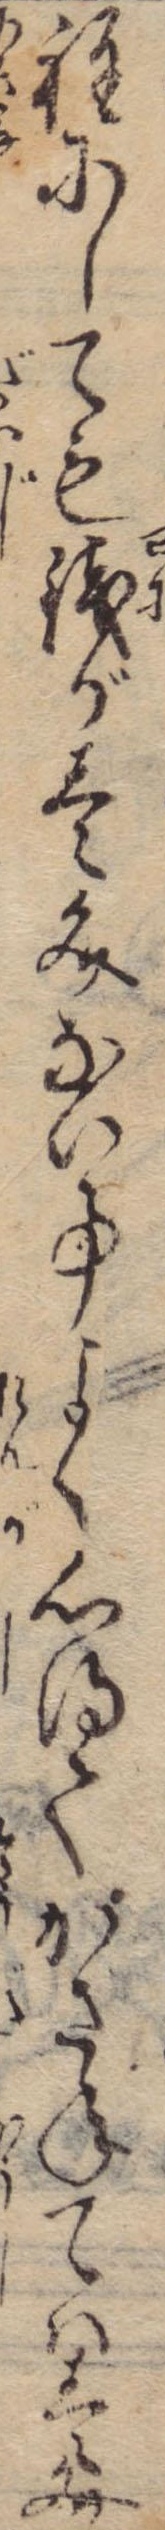
程にしても銭が壱文ない事よく心得てかさねては壱文